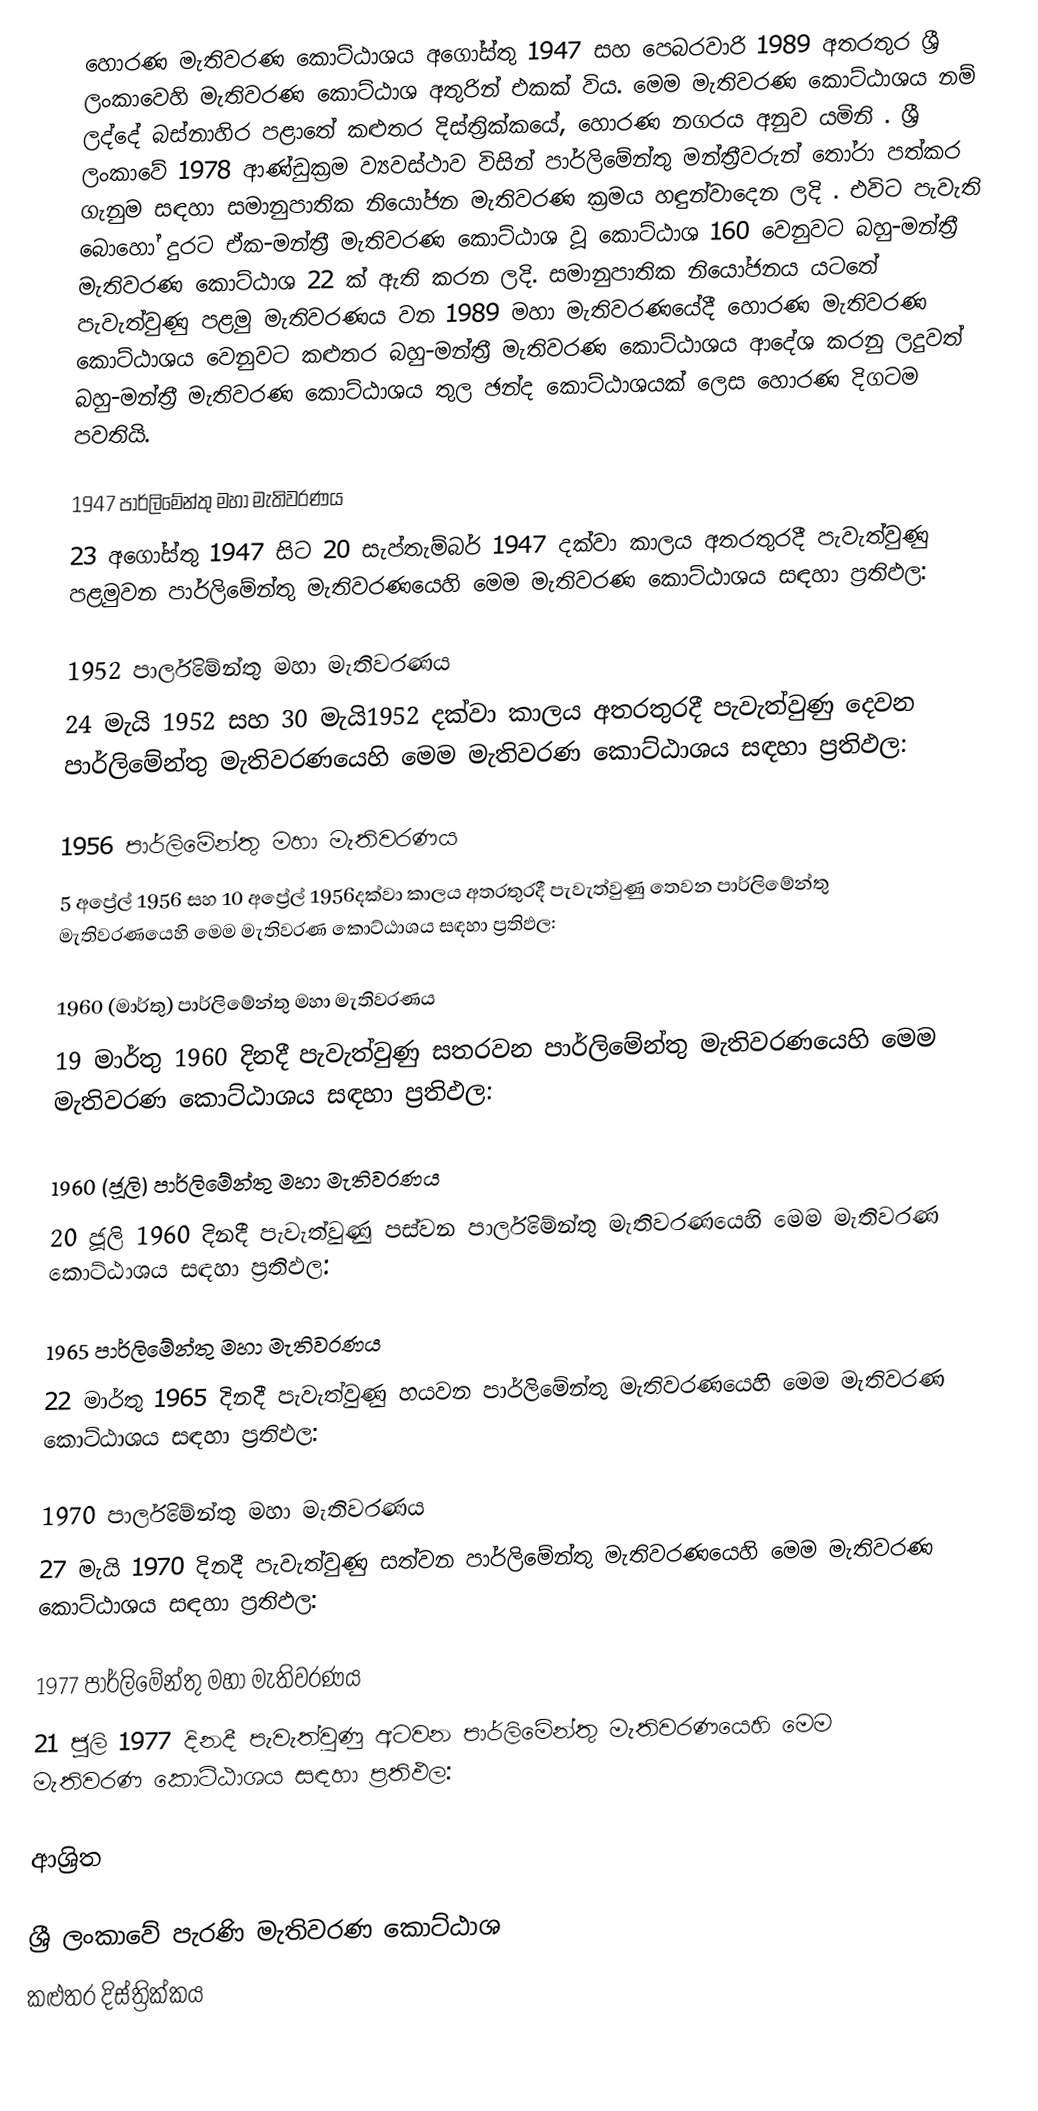
හොරණ මැතිවරණ කොට්ඨාශය  අගෝස්තු 1947 සහ පෙබරවාරි 1989 අතරතුර  ශ්‍රී ලංකාවෙහි  මැතිවරණ කොට්ඨාශ අතුරින් එකක් විය. මෙම මැතිවරණ කොට්ඨාශය නම් ලද්දේ  බස්නාහිර පළාතේ  කළුතර දිස්ත්‍රික්කයේ,  හොරණ නගරය අනුව යමිනි . ශ්‍රී ලංකාවේ 1978 ආණ්ඩුක්‍රම ව්‍යවස්ථාව විසින්   පාර්ලිමේන්තු මන්ත්‍රීවරුන් තෝරා පත්කර ගැනුම සඳහා සමානුපාතික නියෝජන මැතිවරණ ක්‍රමය හඳුන්වාදෙන ලදි . එවිට පැවැති බොහෝ දුරට  ඒක-මන්ත්‍රී මැතිවරණ කොට්ඨාශ වූ කොට්ඨාශ 160 වෙනුවට බහු-මන්ත්‍රී මැතිවරණ කොට්ඨාශ 22 ක් ඇති කරන ලදි. සමානුපාතික නියෝජනය යටතේ පැවැත්වුණු  පළමු මැතිවරණය වන 1989 මහා මැතිවරණයේදී  හොරණ මැතිවරණ කොට්ඨාශය වෙනුවට  කළුතර බහු-මන්ත්‍රී මැතිවරණ කොට්ඨාශය  ආදේශ කරනු ලදුවත් බහු-මන්ත්‍රී මැතිවරණ කොට්ඨාශය තුල ඡන්ද කොට්ඨාශයක් ලෙස හොරණ දිගටම පවතියි.

1947 පාර්ලිමේන්තු මහා මැතිවරණය
23 අගෝස්තු 1947 සිට 20 සැප්තැම්බර් 1947 දක්වා කාලය අතරතුරදී පැවැත්වුණු   පළමුවන පාර්ලිමේන්තු මැතිවරණයෙහි මෙම මැතිවරණ කොට්ඨාශය සඳහා ප්‍රතිඵල:

1952 පාර්ලිමේන්තු මහා මැතිවරණය
24 මැයි 1952 සහ 30 මැයි1952 දක්වා කාලය අතරතුරදී පැවැත්වුණු   දෙවන පාර්ලිමේන්තු මැතිවරණයෙහි මෙම මැතිවරණ කොට්ඨාශය සඳහා ප්‍රතිඵල:

1956 පාර්ලිමේන්තු මහා මැතිවරණය
5 අප්‍රේල් 1956 සහ 10 අප්‍රේල් 1956දක්වා කාලය අතරතුරදී පැවැත්වුණු   තෙවන පාර්ලිමේන්තු මැතිවරණයෙහි මෙම මැතිවරණ කොට්ඨාශය සඳහා ප්‍රතිඵල:

1960 (මාර්තු) පාර්ලිමේන්තු මහා මැතිවරණය
19 මාර්තු 1960 දිනදී පැවැත්වුණු   සතරවන පාර්ලිමේන්තු මැතිවරණයෙහි මෙම මැතිවරණ කොට්ඨාශය සඳහා ප්‍රතිඵල:

1960 (ජූලි) පාර්ලිමේන්තු මහා මැතිවරණය
20 ජූලි 1960 දිනදී පැවැත්වුණු   පස්වන පාර්ලිමේන්තු මැතිවරණයෙහි මෙම මැතිවරණ කොට්ඨාශය සඳහා ප්‍රතිඵල:

1965 පාර්ලිමේන්තු මහා මැතිවරණය
22 මාර්තු 1965  දිනදී පැවැත්වුණු   හයවන පාර්ලිමේන්තු මැතිවරණයෙහි මෙම මැතිවරණ කොට්ඨාශය සඳහා ප්‍රතිඵල:

1970 පාර්ලිමේන්තු මහා මැතිවරණය
27 මැයි 1970 දිනදී පැවැත්වුණු   සත්වන පාර්ලිමේන්තු මැතිවරණයෙහි මෙම මැතිවරණ කොට්ඨාශය සඳහා ප්‍රතිඵල:

1977 පාර්ලිමේන්තු මහා මැතිවරණය
21 ජූලි 1977 දිනදී පැවැත්වුණු   අටවන පාර්ලිමේන්තු මැතිවරණයෙහි මෙම මැතිවරණ කොට්ඨාශය සඳහා ප්‍රතිඵල:

ආශ්‍රිත

ශ්‍රී ලංකාවේ පැරණි මැතිවරණ කොට්ඨාශ
 කළුතර  දිස්ත්‍රික්කය